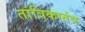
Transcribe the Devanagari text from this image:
तांत्रिकातंत्र